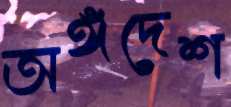
অঙ্গদেশ